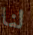
لنا